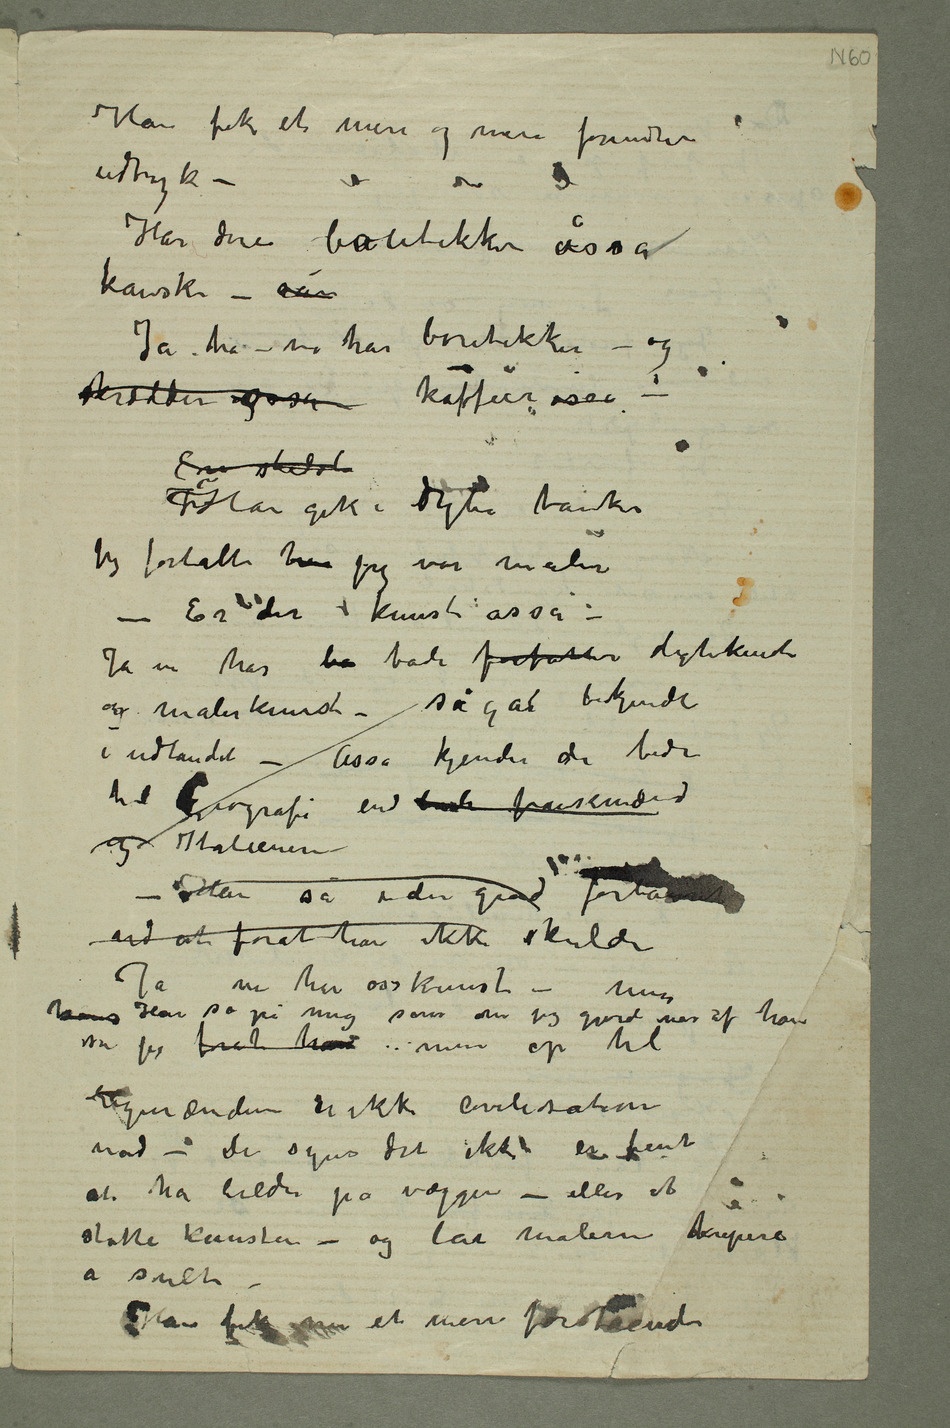
Har dere boutikker åsså
kanske – når
Ja ha – vi har boutikker – og
skrædder osså kaffeer osså
Jeg fortalte ham jeg var maler
– Er der kunst osså –
Ja vi har bå både forfatter digtekunst
og malerkunst – sågar bekjendte
i udlandet – Åsså kjender de bedre
og Italierne
– Han så i den grad forbauset
ud at forat han ikke skulde
Ja vi har osså kunst – men
hans Han så på mig som om jeg gjorde nar af ham
sa jeg forat han men op til
rigmænderne er ikke civilisation
nåd – De syns det ikke er fint
støtte Kunsten – og lar malerne krepere
a sult